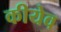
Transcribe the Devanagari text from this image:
कीयेव